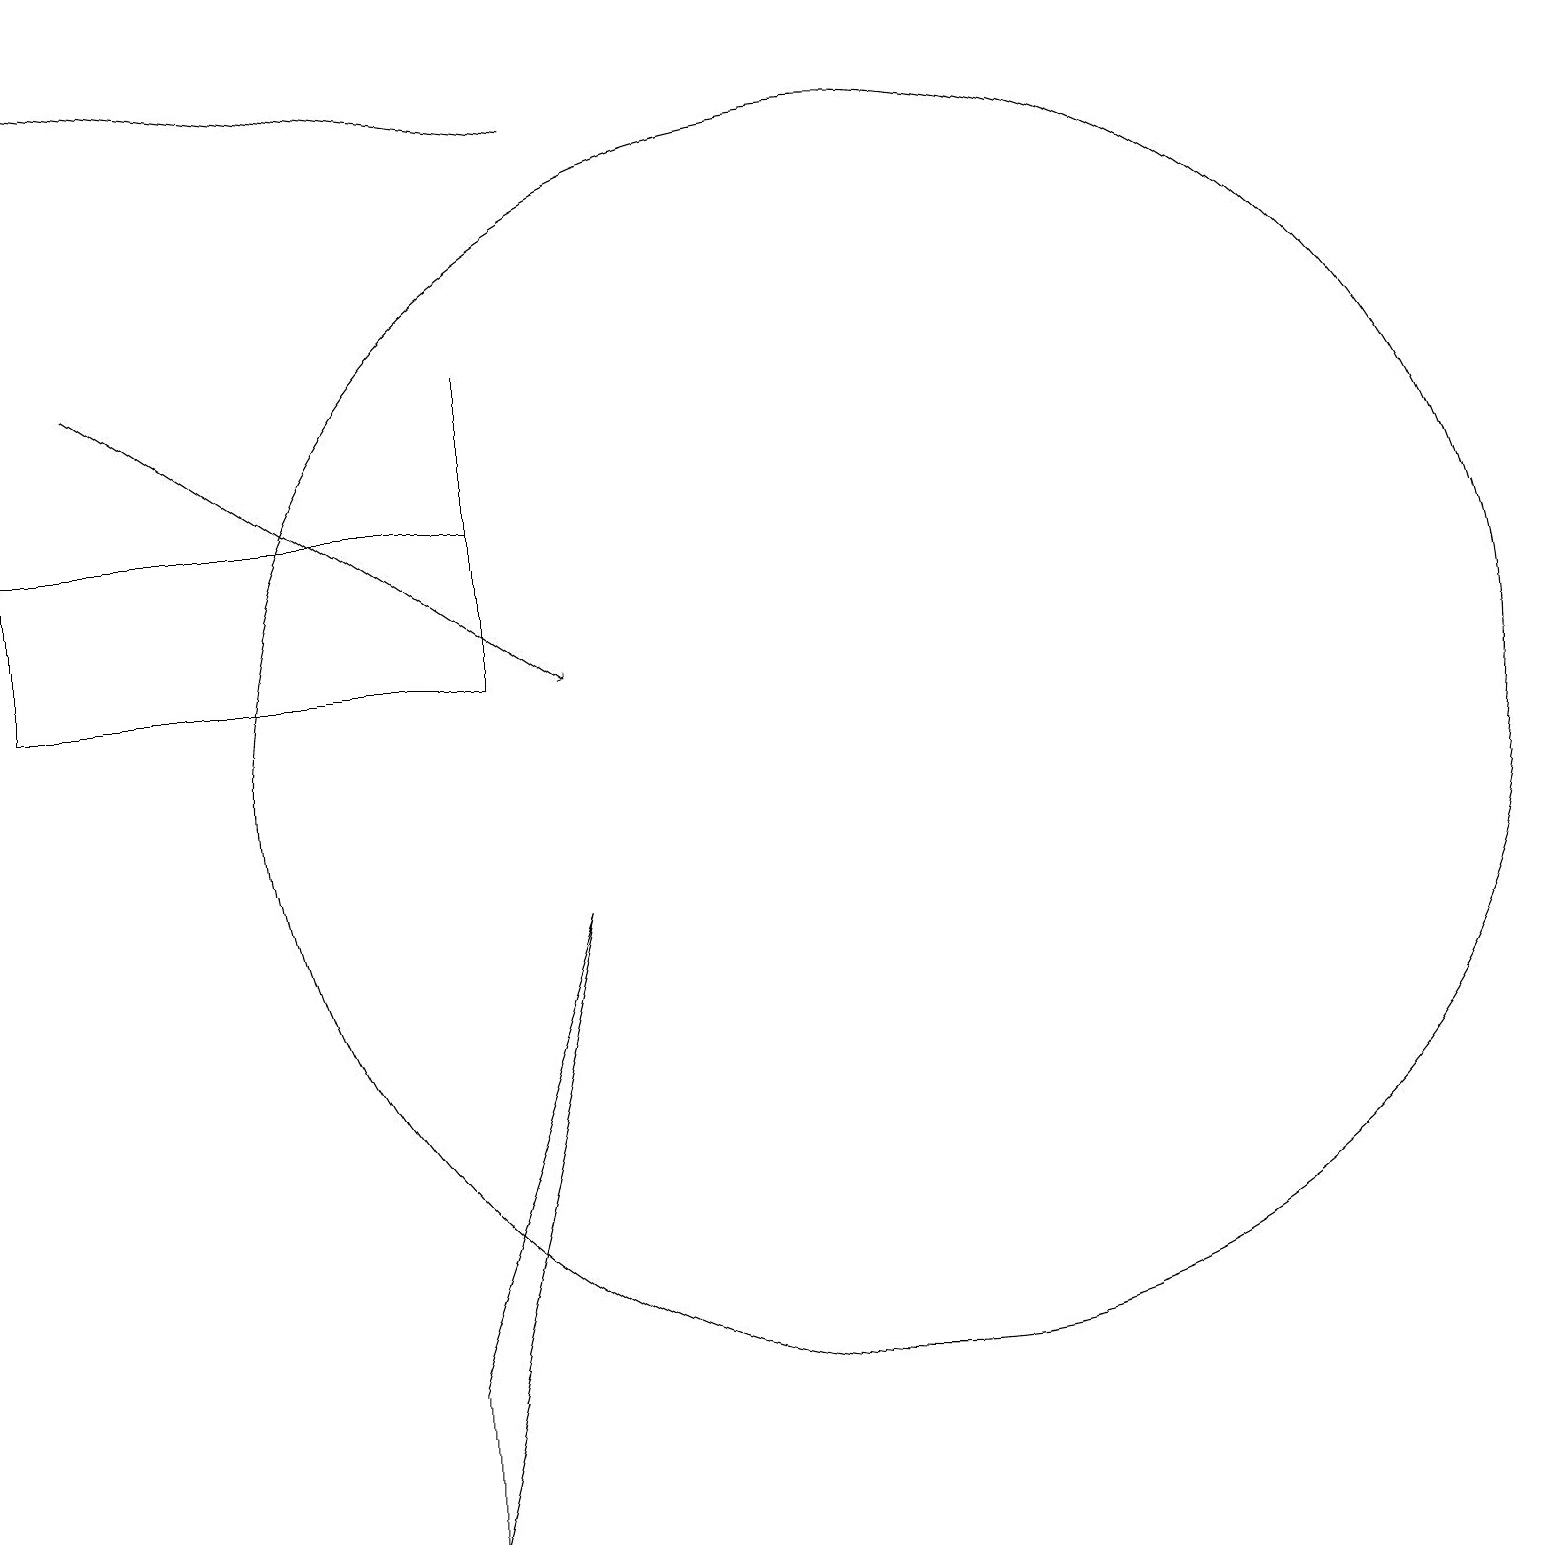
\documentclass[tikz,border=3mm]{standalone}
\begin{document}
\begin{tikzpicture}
\draw (6,13) rectangle (6,15);
\draw (6,11) rectangle (0,13);
\draw (7,8) -- (5,2) -- (5,0) -- cycle;
\draw[->] (1,15) -- (7,11);
\draw (11,10) circle (8);
\draw[->] (7,18) -- (0,19);
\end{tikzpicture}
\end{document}